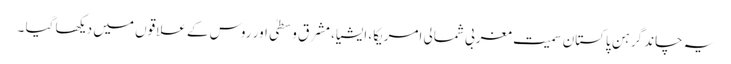
یہ چاند گرہن پاکستان سمیت مغربی شمالی امریکا، ایشیا، مشرقِ وسطیٰ اور روس کے علاقوں میں دیکھا گیا ۔